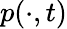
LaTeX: p(\cdot,t)